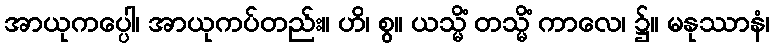
အာယုကပ္ပေါ၊ အာယုကပ်တည်း။ ဟိ၊ စွ။ ယသ္မိံ တသ္မိံ ကာလေ၊ ၌။ မနုဿာနံ၊